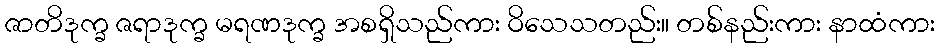
ဇာတိဒုက္ခ ဇရာဒုက္ခ မရဏဒုက္ခ အစရှိသည်ကား ဝိသေသတည်း။ တစ်နည်းကား နာထံကား